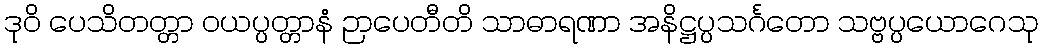
ဒုဝိ ပေသိတတ္တာ ဝယပ္ပတ္တာနံ ဉာပေတီတိ သာဓာရဏာ အနိဋ္ဌပ္ပသင်္ဂတော သဗ္ဗပ္ပယောဂေသု